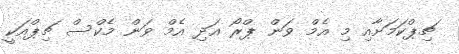
ޗިޕްކަމަށާއި މި އެމް ވަން ޕްރޯ އަދި އެމް ވަން މެކްސް ޗިޕްއަކީ